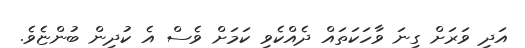
އަދި ވަރަށް ގިނަ ވާހަކަތައް ދެއްކެވި ކަމަށް ވެސް އެ ކުދިން ބުންޏެވެ.